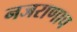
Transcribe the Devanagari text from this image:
नजराणाच